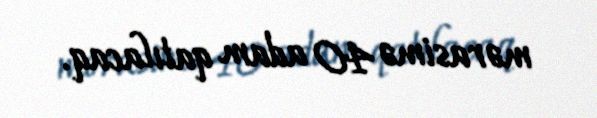
mərasimə 40 adam qatılacaq.